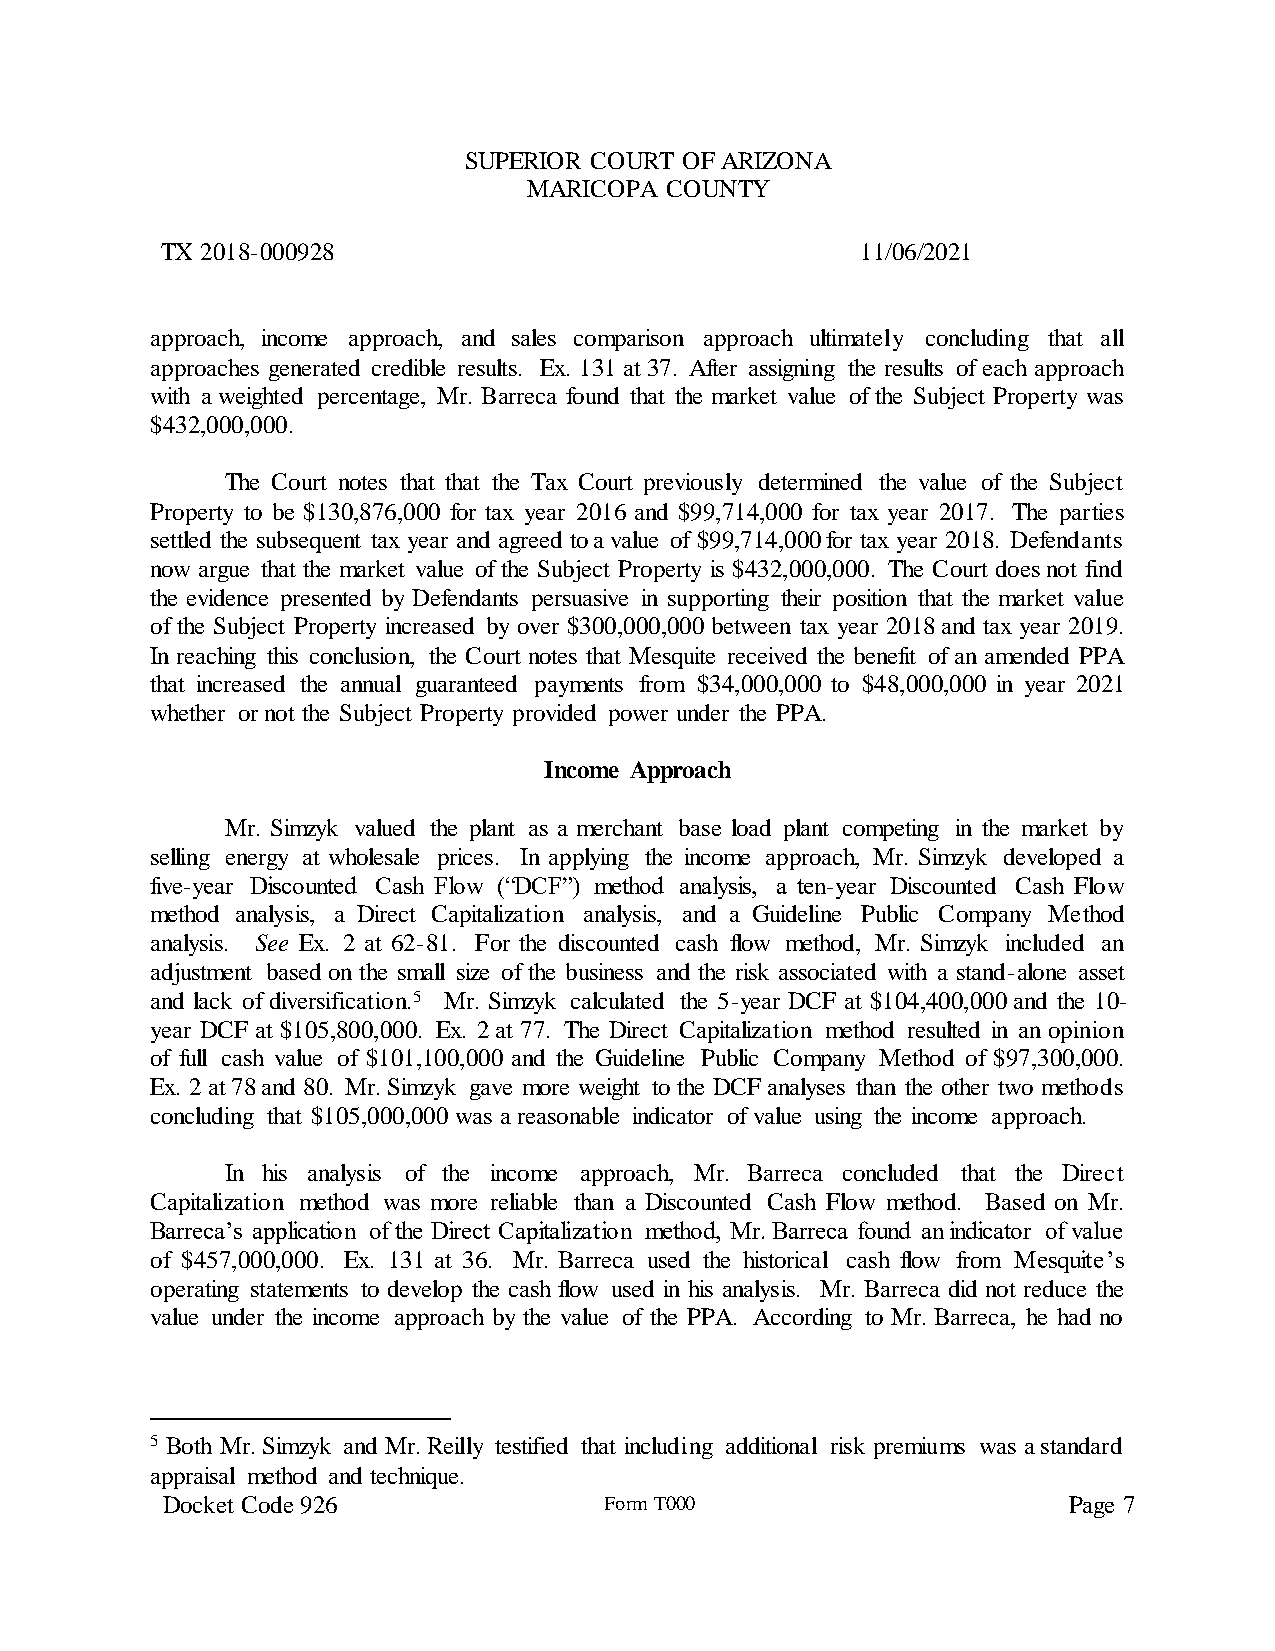
SUPERIOR COURT OF ARIZONA
 MARICOPA COUNTY
 TX 2018-000928                                11/06/2021
 approach, income approach, and sales comparison approach ultimately concluding that all
 approaches generated credible results. Ex. 131 at 37. After assigning the results of each approach
 with a weighted percentage, Mr. Barreca found that the market value of the Subject Property was
 $432,000,000.
 The Court notes that that the Tax Court previously determined the value of the Subject
 Property to be $130,876,000 for tax year 2016 and $99,714,000 for tax year 2017. The parties
 settled the subsequent tax year and agreed to a value of $99,714,000 for tax year 2018. Defendants
 now argue that the market value of the Subject Property is $432,000,000. The Court does not find
 the evidence presented by Defendants persuasive in supporting their position that the market value
 of the Subject Property increased by over $300,000,000 between tax year 2018 and tax year 2019.
 In reaching this conclusion, the Court notes that Mesquite received the benefit of an amended PPA
 that increased the annual guaranteed payments from $34,000,000 to $48,000,000 in year 2021
 whether or not the Subject Property provided power under the PPA.
 Income Approach
 Mr. Simzyk valued the plant as a merchant base load plant competing in the market by
 selling energy at wholesale prices. In applying the income approach, Mr. Simzyk developed a
 five-year Discounted Cash Flow (“DCF”) method analysis, a ten-year Discounted Cash Flow
 method analysis, a Direct Capitalization analysis, and a Guideline Public Company Method
 analysis. See Ex. 2 at 62-81. For the discounted cash flow method, Mr. Simzyk included an
 adjustment based on the small size of the business and the risk associated with a stand-alone asset
 and lack of diversification.5 Mr. Simzyk calculated the 5-year DCF at $104,400,000 and the 10-
 year DCF at $105,800,000. Ex. 2 at 77. The Direct Capitalization method resulted in an opinion
 of full cash value of $101,100,000 and the Guideline Public Company Method of $97,300,000.
 Ex. 2 at 78 and 80. Mr. Simzyk gave more weight to the DCF analyses than the other two methods
 concluding that $105,000,000 was a reasonable indicator of value using the income approach.
 In his analysis of the income approach, Mr. Barreca concluded that the Direct
 Capitalization method was more reliable than a Discounted Cash Flow method. Based on Mr.
 Barreca’s application of the Direct Capitalization method, Mr. Barreca found an indicator of value
 of $457,000,000. Ex. 131 at 36. Mr. Barreca used the historical cash flow from Mesquite’s
 operating statements to develop the cash flow used in his analysis. Mr. Barreca did not reduce the
 value under the income approach by the value of the PPA. According to Mr. Barreca, he had no
 5 Both Mr. Simzyk and Mr. Reilly testified that including additional risk premiums was a standard
 appraisal method and technique.
 Docket Code 926              Form T000                      Page 7